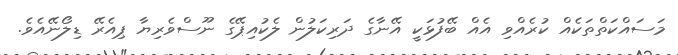
މަސައްކަތްތަކެއް ކުރެއްވި އެއް ބޭފުޅަކީ އޭނާގެ ދަރިކަލުން ލެކުއިޕޭގެ ނޫސްވެރިޔާ ޕިއެރޭ ޑިލޯނޭއެވެ.